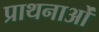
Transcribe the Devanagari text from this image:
प्राथनाओं